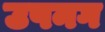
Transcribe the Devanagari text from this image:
उपनग